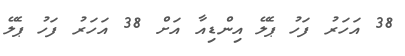
38 އަހަރު ފަހު ޕެލޭ އިންޑިއާ އަށް 38 އަހަރު ފަހު ޕެލޭ